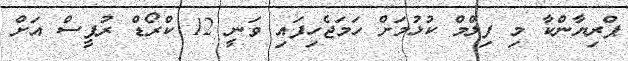
ޕްރިޔާންކާ މި ފިލްމް ކުޅުމަށް ހަމަޖެހިފައި ވަނީ 12 ކްރޯޑް ރުޕީސް އަށް